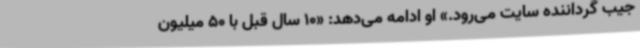
جیب گرداننده سایت می‌رود.» او ادامه می‌دهد: «10 سال قبل با 50 میلیون